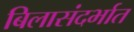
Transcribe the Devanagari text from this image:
बिलासंदर्भात